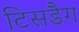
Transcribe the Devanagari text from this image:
टिसडैग